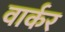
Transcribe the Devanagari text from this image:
वार्कर